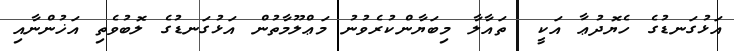
އަޅުގަނޑުގެ ހެޔޮދުޢާ އަކީ  ތައާލާ މިބަޔާންކުރެވުނު މަޢްލޫމާތުން އަޅުގަނޑުގެ ލޮބުވެތި އަޚުންނާއި